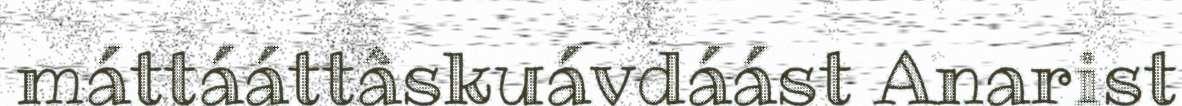
máttááttâskuávdáást Anarist